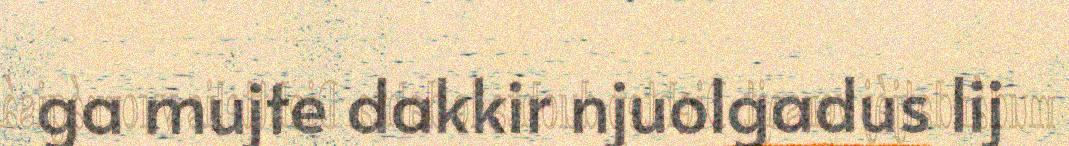
ga mujte dakkir njuolgadus lij